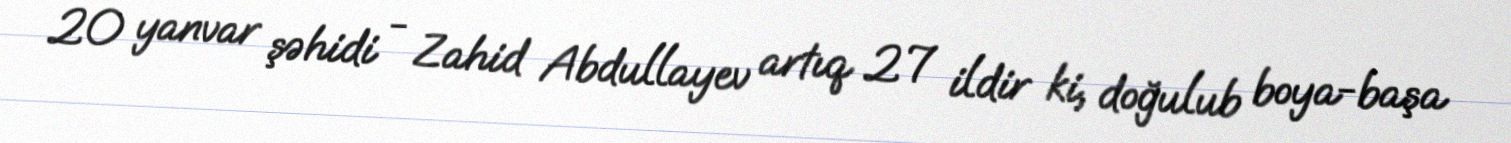
20 yanvar şəhidi - Zahid Abdullayev artıq 27 ildir ki, doğulub boya-başa